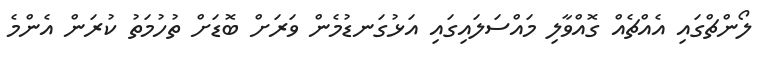
ލޯންޗްގައި އެއްޗެއް ގޮއްވާލި މައްސަލައިގައި އަޅުގަނޑުމެން ވަރަށް ބޮޑަށް ތުހުމަތު ކުރަން އެންމެ